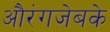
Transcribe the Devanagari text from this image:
औरंगजेबके